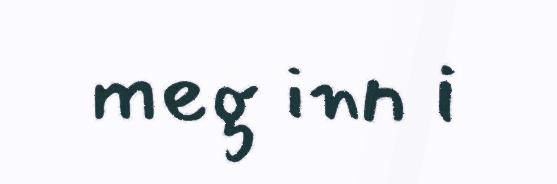
meg inn i